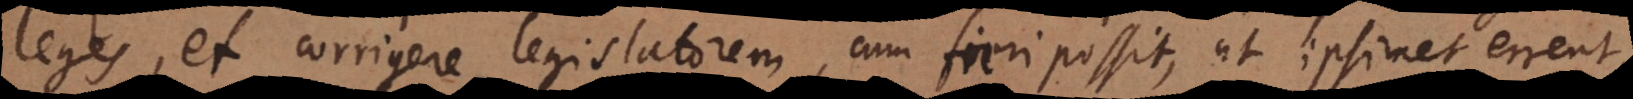
leges, et corrigere legislatorem, cum fieri possit, ut ipsimet errent,